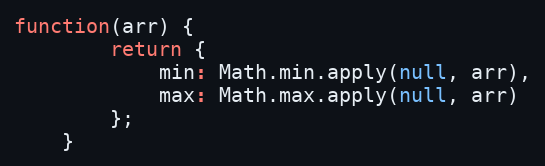
Language: JavaScript
function(arr) {
        return {
            min: Math.min.apply(null, arr),
            max: Math.max.apply(null, arr)
        };
    }